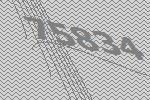
75834